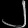
Digit: ၂